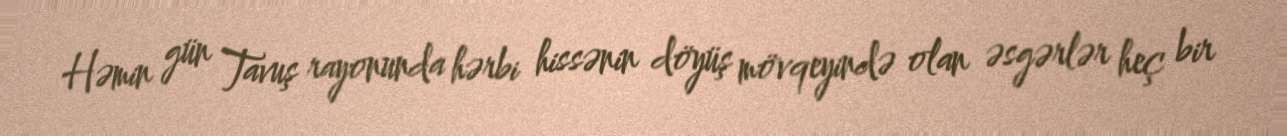
Həmin gün Tavuş rayonunda hərbi hissənin döyüş mövqeyində olan əsgərlər heç bir